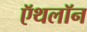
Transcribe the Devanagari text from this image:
ऍथलॉन